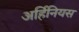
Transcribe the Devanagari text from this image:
अर्हिनियस